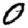
Digit: 0